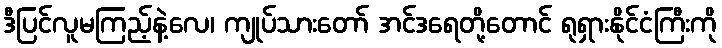
ဒီပြင်လူမကြည့်နဲ့လေ၊ ကျုပ်သားတော် အင်ဒရေတို့တောင် ရုရှားနိုင်ငံကြီးကို